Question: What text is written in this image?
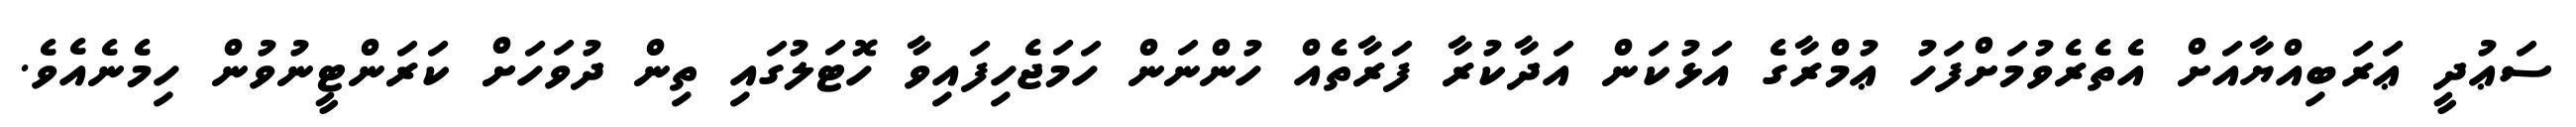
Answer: ސަޢުދީ ޢަރަބިއްޔާއަށް އެތެރެވުމަށްފަހު ޢުމްރާގެ އަޅުކަން އަދާކުރާ ފަރާތެއް ހުންނަން ހަމަޖެހިފައިވާ ހޮޓަލުގައި ތިން ދުވަހަށް ކަރަންޓީނުވުން ހިމެނެއެވެ.